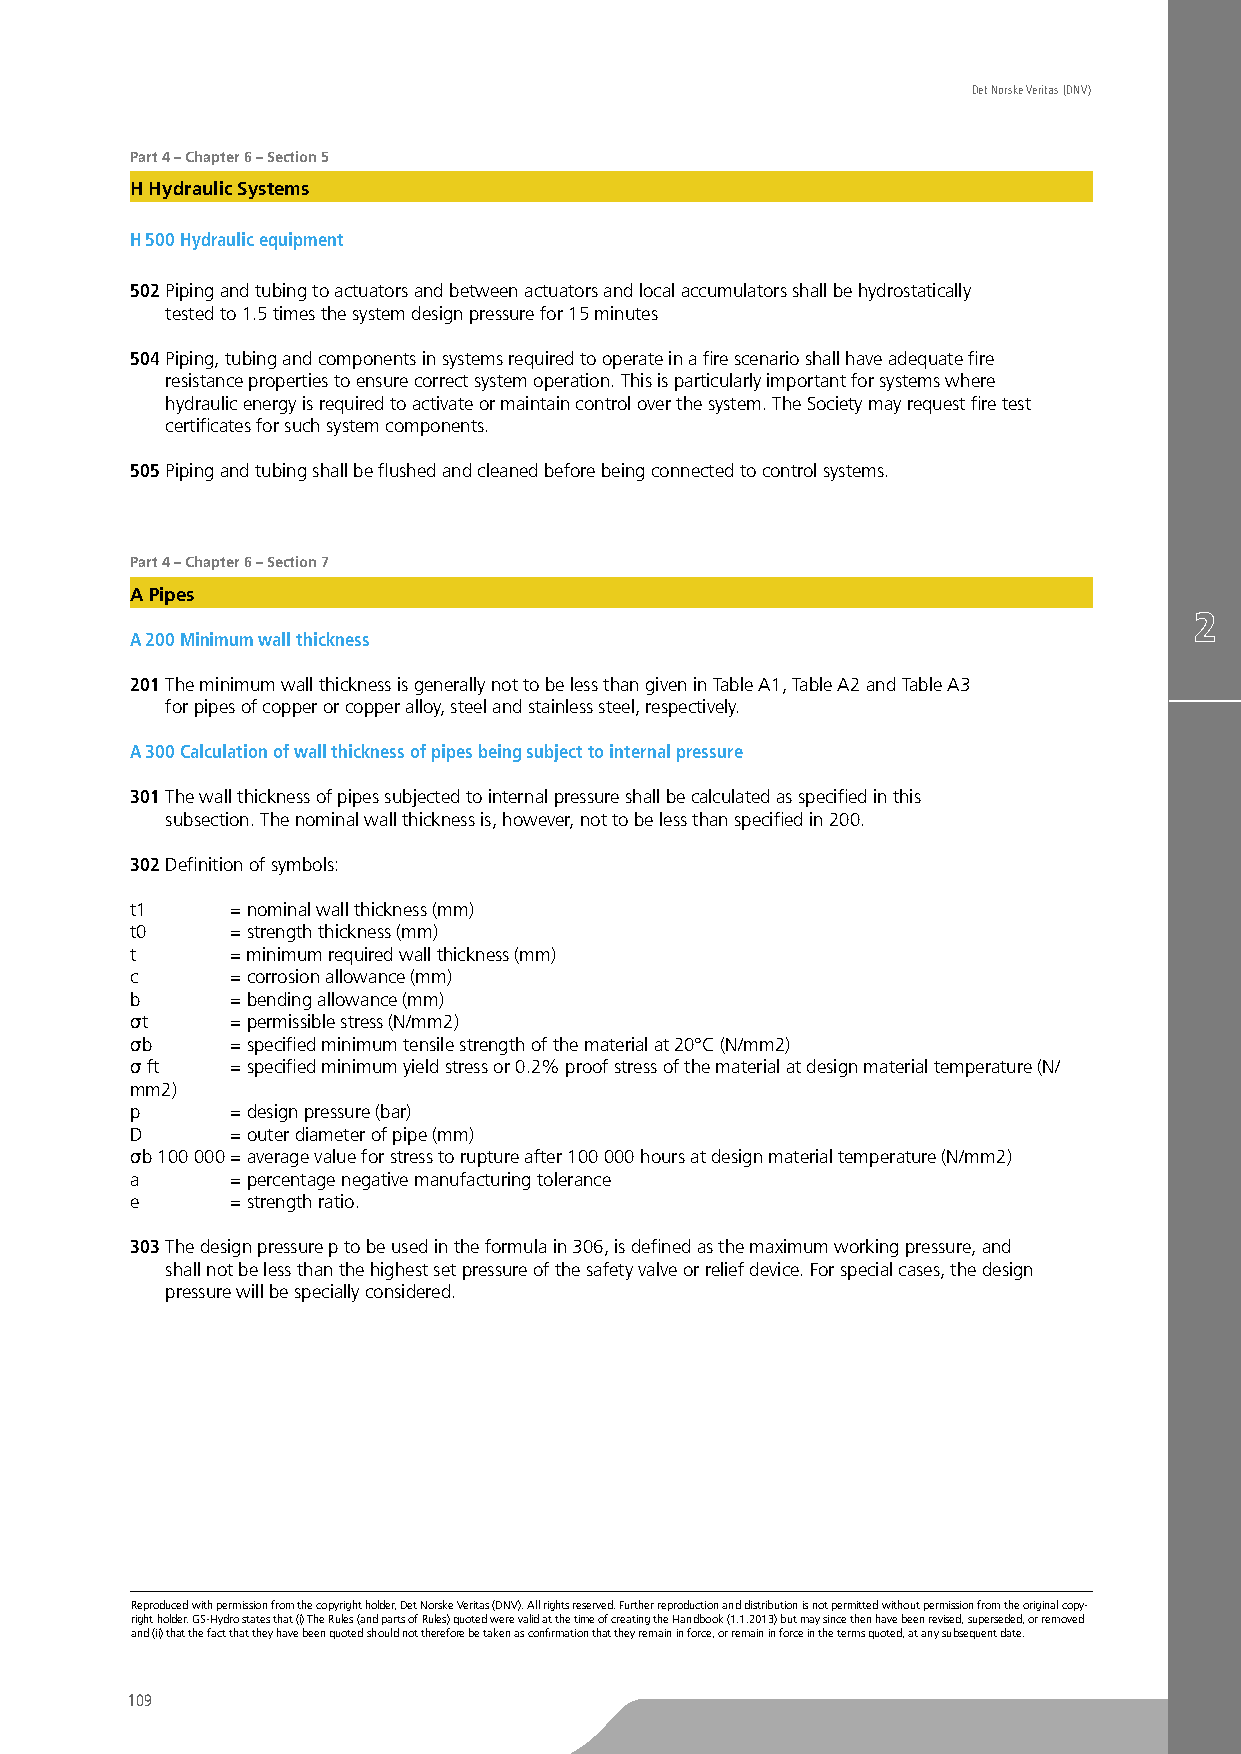
Det Norske Veritas (DNV)
 Part 4 – Chapter 6 – Section 5
 H Hydraulic Systems
 H 500 Hydraulic equipment
 502 Piping and tubing to actuators and between actuators and local accumulators shall be hydrostatically
 tested to 1.5 times the system design pressure for 15 minutes
 504 Piping, tubing and components in systems required to operate in a fire scenario shall have adequate fire
 resistance properties to ensure correct system operation. This is particularly important for systems where
 hydraulic energy is required to activate or maintain control over the system. The Society may request fire test
 certificates for such system components.
 505 Piping and tubing shall be flushed and cleaned before being connected to control systems.
 Part 4 – Chapter 6 – Section 7
 A Pipes
 A 200 Minimum wall thickness
 201 The minimum wall thickness is generally not to be less than given in Table A1, Table A2 and Table A3
 for pipes of copper or copper alloy, steel and stainless steel, respectively.
 A 300 Calculation of wall thickness of pipes being subject to internal pressure
 301 The wall thickness of pipes subjected to internal pressure shall be calculated as specified in this
 subsection. The nominal wall thickness is, however, not to be less than specified in 200.
 302 Definition of symbols:
 t1    = nominal wall thickness (mm)
 t0    = strength thickness (mm)
 t     = minimum required wall thickness (mm)
 c     = corrosion allowance (mm)
 b     = bending allowance (mm)
 σt    = permissible stress (N/mm2)
 σb    = specified minimum tensile strength of the material at 20°C (N/mm2)
 σ ft  = specified minimum yield stress or 0.2% proof stress of the material at design material temperature (N/
 mm2)
 p     = design pressure (bar)
 D     = outer diameter of pipe (mm)
 σb 100 000 = average value for stress to rupture after 100 000 hours at design material temperature (N/mm2)
 a     = percentage negative manufacturing tolerance
 e     = strength ratio.
 303 The design pressure p to be used in the formula in 306, is defined as the maximum working pressure, and
 shall not be less than the highest set pressure of the safety valve or relief device. For special cases, the design
 pressure will be specially considered.
 Reproduced with permission from the copyright holder, Det Norske Veritas (DNV). All rights reserved. Further reproduction and distribution is not permitted without permission from the original copy-
 right holder. GS-Hydro states that (i) The Rules (and parts of Rules) quoted were valid at the time of creating the Handbook (1.1.2013) but may since then have been revised, superseded, or removed
 and (ii) that the fact that they have been quoted should not therefore be taken as confirmation that they remain in force, or remain in force in the terms quoted, at any subsequent date.
 109